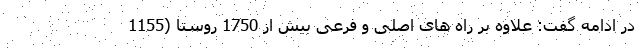
در ادامه گفت: علاوه بر راه های اصلی و فرعی بیش از 1750 روستا (1155